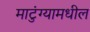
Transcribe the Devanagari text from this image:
माटुंग्यामधील